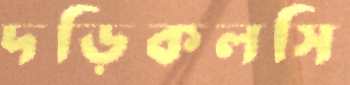
দড়িকলসি